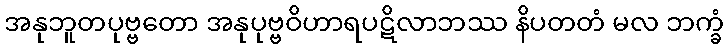
အနုဘူတပုဗ္ဗတော အနုပုဗ္ဗဝိဟာရပဋိလာဘဿ နိပတတံ မလ ဘက္ခံ